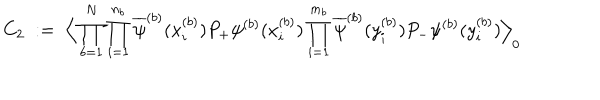
C _ { 2 } \; : = \; \Big \langle \prod _ { b = 1 } ^ { N } \prod _ { i = 1 } ^ { n _ { b } } \overline { { { \psi } } } ^ { ( b ) } ( x _ { i } ^ { ( b ) } ) P _ { + } \psi ^ { ( b ) } ( x _ { i } ^ { ( b ) } ) \prod _ { i = 1 } ^ { m _ { b } } \overline { { { \psi } } } ^ { ( b ) } ( y _ { i } ^ { ( b ) } ) P _ { - } \psi ^ { ( b ) } ( y _ { i } ^ { ( b ) } ) \Big \rangle _ { 0 }